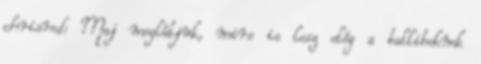
chrisred: Maj meglátjuk, mire is lesz elég a ballibeknek